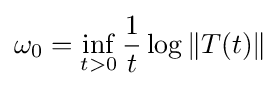
\omega _{0}=\inf _{t>0}{\frac {1}{t}}\log \|T(t)\|